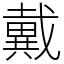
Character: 戴